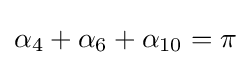
\alpha _{4}+\alpha _{6}+\alpha _{10}=\pi